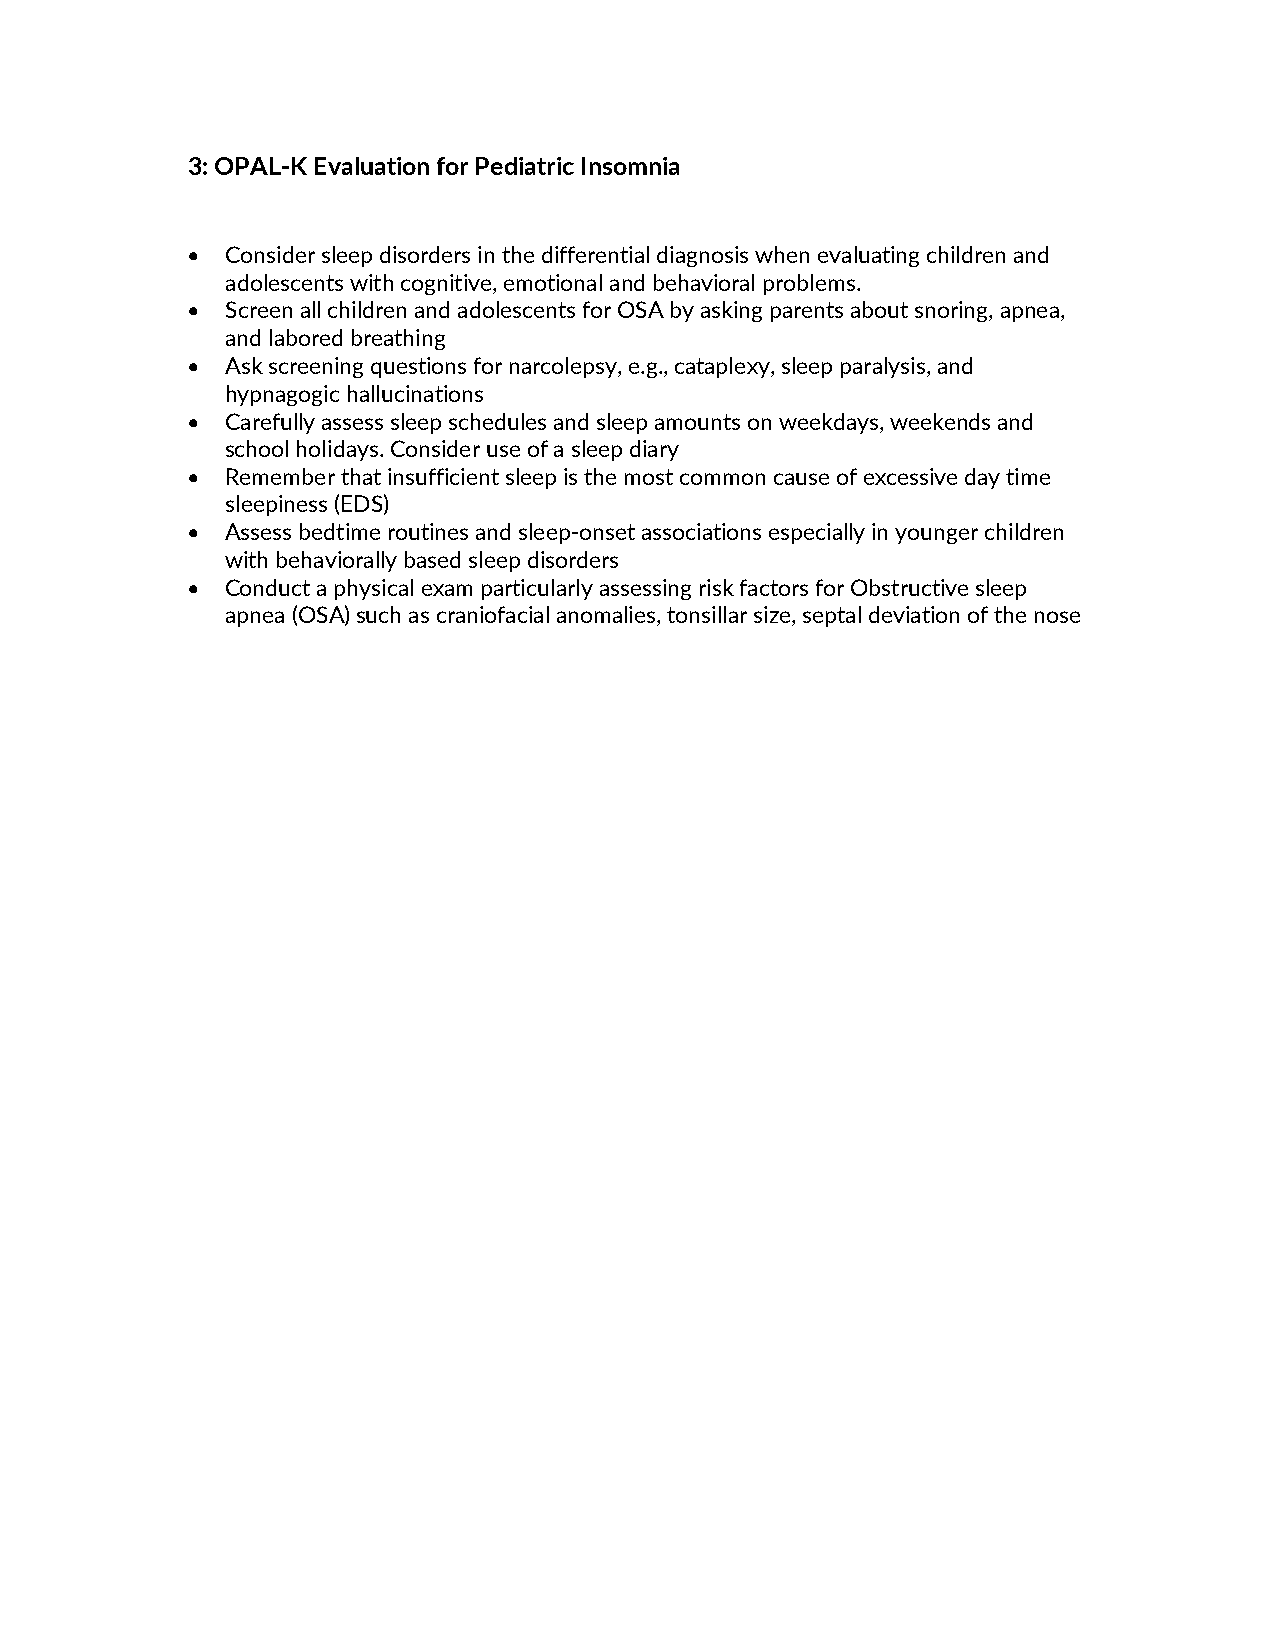
3: OPAL-K Evaluation for Pediatric Insomnia
 •  Consider sleep disorders in the differential diagnosis when evaluating children and
 adolescents with cognitive, emotional and behavioral problems.
 •  Screen all children and adolescents for OSA by asking parents about snoring, apnea,
 and labored breathing
 •  Ask screening questions for narcolepsy, e.g., cataplexy, sleep paralysis, and
 hypnagogic hallucinations
 •  Carefully assess sleep schedules and sleep amounts on weekdays, weekends and
 school holidays. Consider use of a sleep diary
 •  Remember that insufficient sleep is the most common cause of excessive day time
 sleepiness (EDS)
 •  Assess bedtime routines and sleep-onset associations especially in younger children
 with behaviorally based sleep disorders
 •  Conduct a physical exam particularly assessing risk factors for Obstructive sleep
 apnea (OSA) such as craniofacial anomalies, tonsillar size, septal deviation of the nose